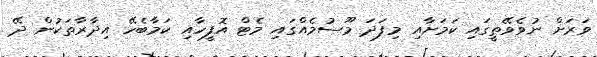
ވަރަށް ނުވެވޭތީގައި ކަމަށާއި މިފަދަ މޫސުމެއްގައި މެޓް އޮފީހާއި ކަމާބެހޭ އިދާރާތަކުން ދޭ